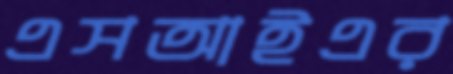
এসআইএর